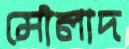
মৌলাদ